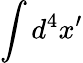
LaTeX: \int d^{4}x^{\prime}